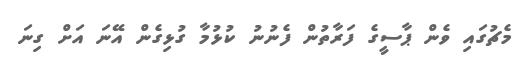
މެޗުގައި ވެން ޕާސީގެ ފަރާތުން ފެނުނު ކުޅުމާ ގުޅިގެން އޭނަ އަށް ގިނަ